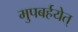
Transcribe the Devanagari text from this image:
मुपबर्हयेत्